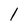
Character: l